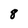
Character: 8